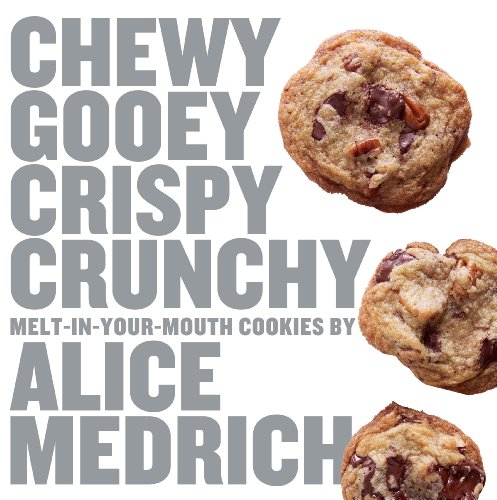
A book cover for Chewy Gooey Crispy Crunchy Melt-in-Your-Mouth Cookies by Alice Medrich; Alice Medrich; Cookbooks, Food & Wine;